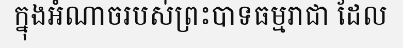
ក្នុងអំណាចរបស់ព្រះបាទធម្មរាជា ដែល